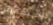
إستعملت